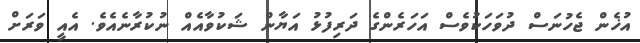
އުޚެން ޖެހުނަސް ދުވަހަކުވެސް އަހަރެންގެ ދަރިފުޅު އަޔާން ޝަކުވާއެއް ނުކުރާނެއެވެ. އެއީ ވަރަށް